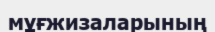
мұғжизаларының